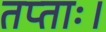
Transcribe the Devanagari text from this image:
तप्ताः।